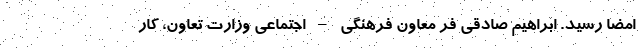
امضا رسید. ابراهیم صادقی فر معاون فرهنگی – اجتماعی وزارت تعاون، کار